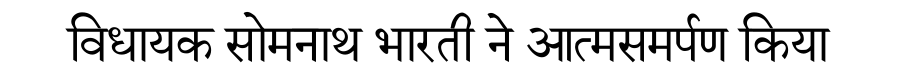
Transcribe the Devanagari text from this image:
विधायक सोमनाथ भारती ने आत्मसमर्पण किया